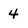
Character: 4